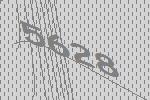
5628